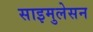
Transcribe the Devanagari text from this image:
साइमुलेसन